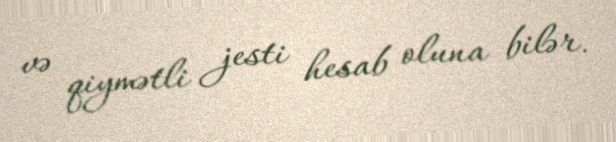
və qiymətli jesti hesab oluna bilər.